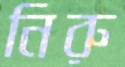
নিরু